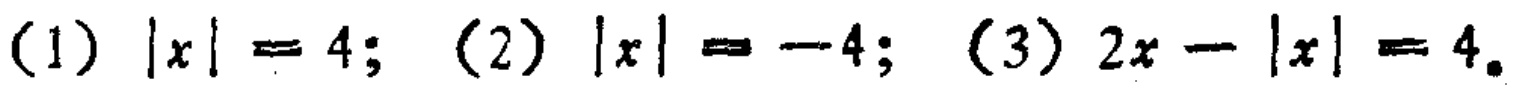
(1) \(|x| = 4\); (2) \(|x| = -4\); (3) \(2x - |x| = 4\)